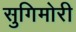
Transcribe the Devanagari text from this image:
सुगिमोरी